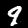
Label: 9